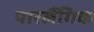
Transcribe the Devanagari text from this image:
पारलैंगिक